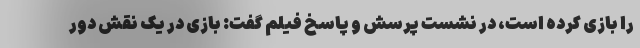
را بازی کرده است، در نشست پرسش و پاسخ فیلم گفت: بازی در یک نقش دور